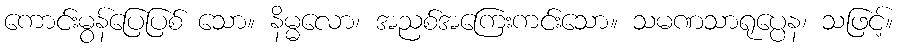
ကောင်းမွန်ပြေပြစ် သော။ နိမ္မလော၊ အညစ်အကြေးကင်းသော။ သမဏသာရုပ္ပေန၊ သဖြင့်။